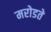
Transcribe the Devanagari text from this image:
मरोडते